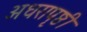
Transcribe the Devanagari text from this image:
अधरापृष्ठी